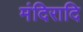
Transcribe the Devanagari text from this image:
मंदिरादि